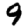
Digit: 9